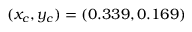
( x _ { c } , y _ { c } ) = ( 0 . 3 3 9 , 0 . 1 6 9 )